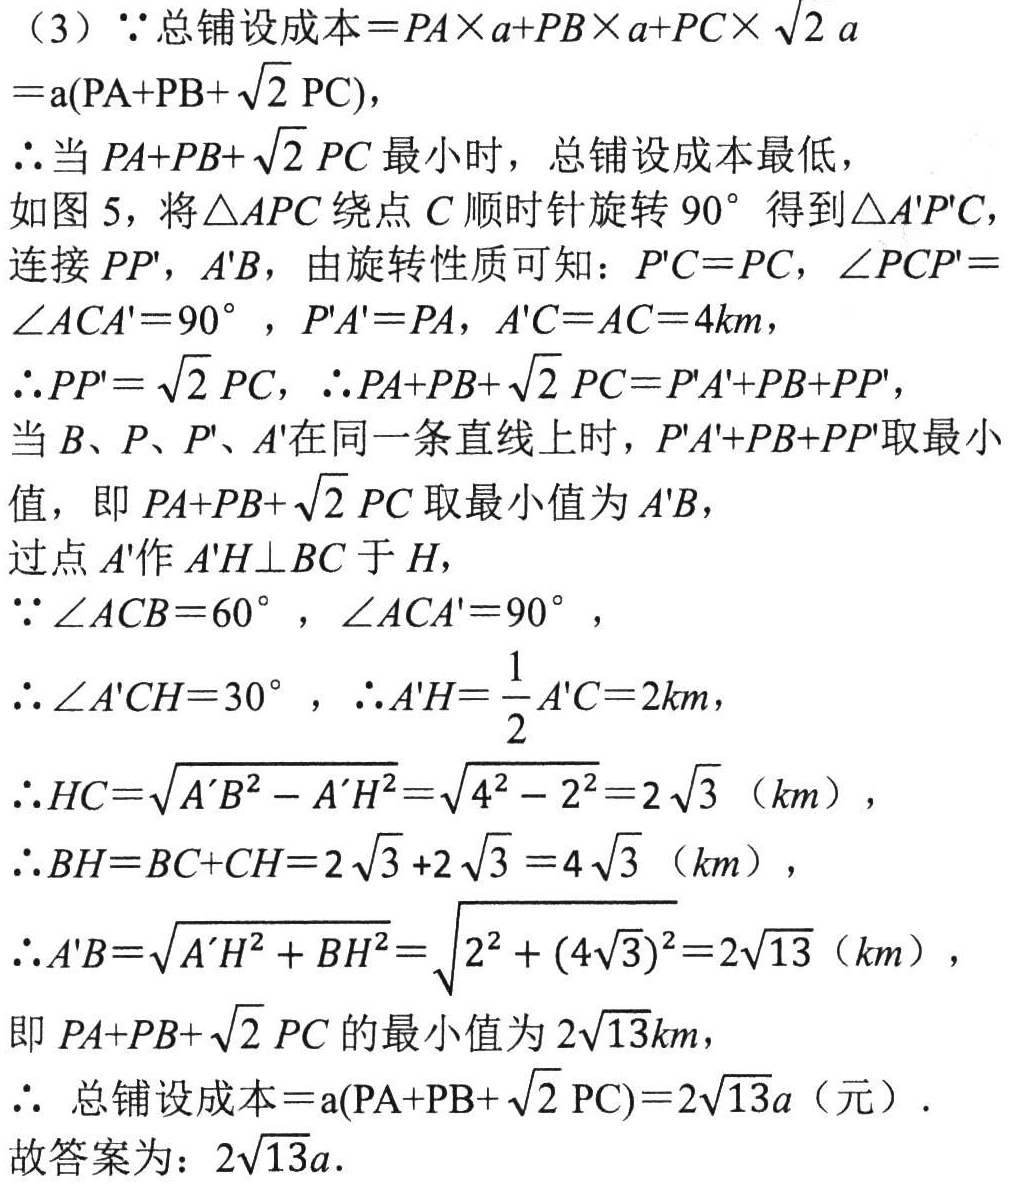
（3）\(\because\)总铺设成本\( = PA\times a + PB\times a+ PC\times\sqrt{2}a\)
\(=a(\text{PA}+\text{PB}+\sqrt{2}\text{ PC})\)，
\(\therefore\)当 \(PA + PB+\sqrt{2} PC\) 最小时，总铺设成本最低，
如图 5，将\(\triangle APC\)绕点 \(C\) 顺时针旋转 \(90^{\circ}\) 得到\(\triangle A'P'C\)，
连接 \(PP'\)，\(A'B\)，由旋转性质可知：\(P'C = PC\)，\(\angle PCP'=\)
\(\angle ACA' = 90^{\circ}\) ，\(P'A' = PA\)，\(A'C = AC = 4\text{km}\)，
\(\therefore PP'=\sqrt{2} PC\)，\(\therefore PA + PB+\sqrt{2} PC=P'A'+PB + PP'\)，
当 \(B\)、\(P\)、\(P'\)、\(A'\)在同一条直线上时，\(P'A'+PB + PP'\)取最小
值，即 \(PA + PB+\sqrt{2} PC\) 取最小值为 \(A'B\)，
过点 \(A'\)作 \(A'H\perp BC\) 于 \(H\)，
\(\because\angle ACB = 60^{\circ}\) ，\(\angle ACA' = 90^{\circ}\) ，
\(\therefore\angle A'CH = 30^{\circ}\) ，\(\therefore A'H=\frac{1}{2}A'C = 2\text{km}\)，
\(\therefore HC=\sqrt{A'B^{2}-A'H^{2}}=\sqrt{4^{2}-2^{2}} = 2\sqrt{3}\)（\(\text{km}\)），
\(\therefore BH=BC + CH=2\sqrt{3}+2\sqrt{3}=4\sqrt{3}\)（\(\text{km}\)），
\(\therefore A'B=\sqrt{A'H^{2}+BH^{2}}=\sqrt{2^{2}+(4\sqrt{3})^{2}} = 2\sqrt{13}\)（\(\text{km}\)），
即 \(PA + PB+\sqrt{2} PC\) 的最小值为 \(2\sqrt{13}\text{km}\)，
\(\therefore\) 总铺设成本\(=a(\text{PA}+\text{PB}+\sqrt{2}\text{ PC})=2\sqrt{13}a\)（元）.
故答案为：\(2\sqrt{13}a\).